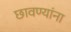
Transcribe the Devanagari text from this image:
छावण्यांना